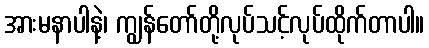
အားမနာပါနဲ့၊ ကျွန်တော်တို့လုပ်သင့်လုပ်ထိုက်တာပါ။